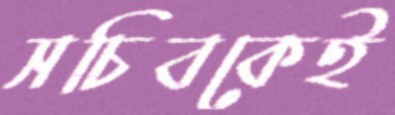
সচিবকেই